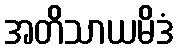
အတိသာယမိဒံ